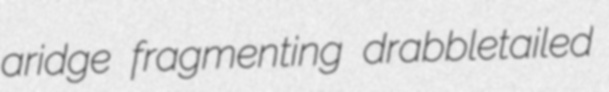
aridge fragmenting drabbletailed